Memorandum on the prevention of leprosy by segregation of the affected
Disease focus: Leprosy
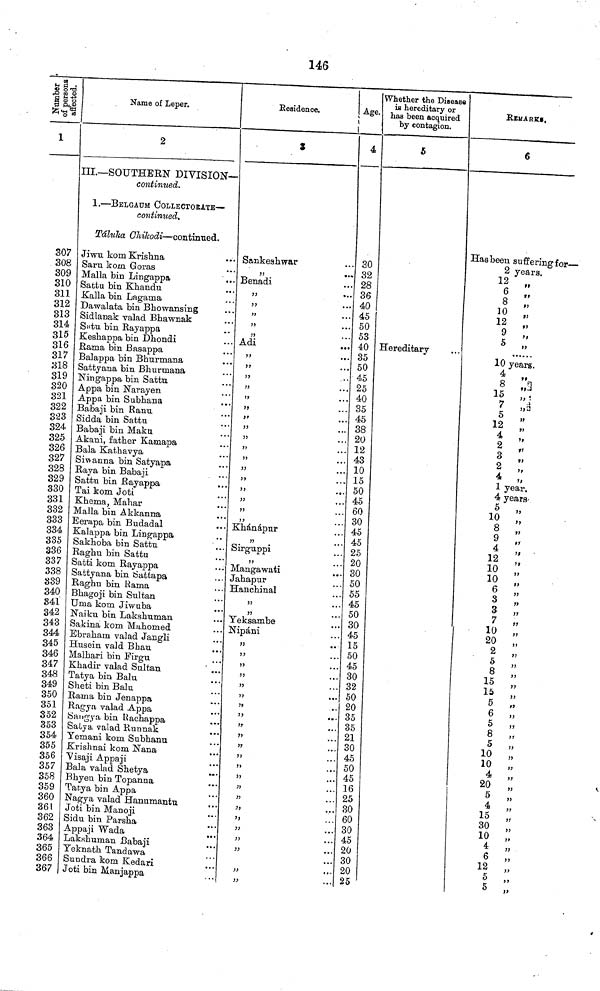
146
Number of persons affected.
1
307
308
309
310
311
312
313
314
315
316
317
318
319
320
321
322
323
324
325
326
327
328
329
330
331
332
333
334
335
336
337
338
339
340
341
342
343
344
345
346
347
348
349
350
351
352
353
354
355
356
357
358
359
360
361
362
363
364
365
366
367
Name of Leper.
2
II.—SOUTHERN DIVISION—
continued.
1.—BELGAUM COLLECTOEATE—
continued.
Táluka Ghikodi—continned.
Jiwu kom Krishna
Saru kom Goras
Malla bin Lingappa
Sattu bin Kkandu
Kalla bin Lagaina
Dawalata bin Bhowansing
Sidlanak valad Bhawnak
Sntu bin Rayappa
Keshappa bin Dhondi
Rama bin Basappa
Balappa bin Bhnrmana
Sattyana bin Bhurtnana
Ningappa bin Sattu
Appa bin Narayen
Appa bin Subhana
Babaji bin Ranu
Sidda bin Sattu
Babaji bin Maku
Akani, father Kamapa
Bala Kathavya
Siwanna bin Satyapa
Raya bin Babaji
. ...
Sattu bin Rayappa
Tai kom Joti
Khema, Mahar
Malla bin Akkanna
Eerapa bin Budadal
Kalappa bin Liagappa
Sakhoba bin Sattu
Ragnu bin Sattu
Satti kom Rayappa
Sattyana bin Sattapa
Raghu bin Rama
Bhagoji bin Sultan
Uma kom Jiwuba
Naiku bin Lakshuman
Sakina kom Muhomed
Ebraham valad Jangli
Husein vald Bhau
Malbari bin Firgu
Khadir valad Sultan
...
Tatya bin Balu
..
Sheti bin Balu
Rama bin Jenappa
Ragya valad Appa
Saugya bin Rachappa
Satya valad Runnak
Yemani kom Subhanu
Krislmai kom Nana
Yisaji Appaji
Bala valad Shetya
Bhyen bin Topanna
Tat.ya bin Appa
Nagya valad Hanumantu
Joti bin Manoji
Sidu bin Parsha
Appaji Wada
Lakshuman Babaji
Yeknath Tandawa
Sundra kom Kedari
Joti bin Manjappa
Residence.
3
Sankeshwar
,,
...
Benadi
...
• ••
»
"
•..
Adi
"
•••
"
..
»
,,
"
. .
"
• •
Knánápur
"
Sirguppi
"
Mangawati
Jahapur
Hanchinal
3)
...
Yeksambe
Nípáni
"
••
"
...
"
...
"
...
"
...
"
• •
"
...
"
"
...
"
})
))
"
"
• •
"
"
•
"
• •
Age.
4
30
32
28
36
40
45
50
53
40
35
50
45
25
40
35
45
38
20
12
43
10
15
50
45
60
30
45
45
25
20
30
50
55
45
50
30
45
15
50
45
30
32
50
20
35
35
21
30
45
50
45
16
25
30
60
30
45
20
30
20
25
Whether the Disease
is hereditary or
has been acquired
by contagion.
5
Hereditary
REMARKS.
6
Has been suffering for—
2 years.
12 „
6 „
8 „
10 „
12 „
9 „
5 „
10 years.
4 „
8
„
15 „
7 „
5 „
12 „
2
2
„
4
1 year.
4 years-
5 „
10 „
8 „
12 „
10 „
10 „
6 „
3
„
3 „
7 „
10 „
20 „
2 „
5 „
8 „
15 „
15 „
5 „
6
,,
5
„
8 „
5 „
10 „
10 „
4 „
20 „
5 „
4
„
15 „
30 „
10 „
4 „
6 „
12
5